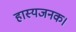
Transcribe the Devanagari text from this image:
हास्यजनक।